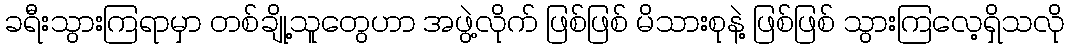
ခရီးသွားကြရာမှာ တစ်ချို့သူတွေဟာ အဖွဲ့လိုက် ဖြစ်ဖြစ် မိသားစုနဲ့ ဖြစ်ဖြစ် သွားကြလေ့ရှိသလို